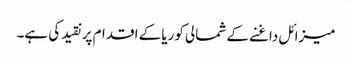
میزائل داغنے کے شمالی کوریا کے اقدام پر نقید کی ہے۔